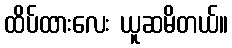
ထိပ်ထားလေး ယူဆမိတယ်။